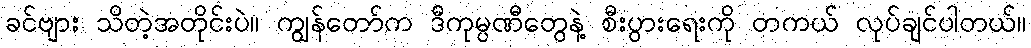
ခင်ဗျား သိတဲ့အတိုင်းပဲ။ ကျွန်တော်က ဒီကုမ္ပဏီတွေနဲ့ စီးပွားရေးကို တကယ် လုပ်ချင်ပါတယ်။